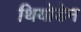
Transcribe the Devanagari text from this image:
थियोडेन